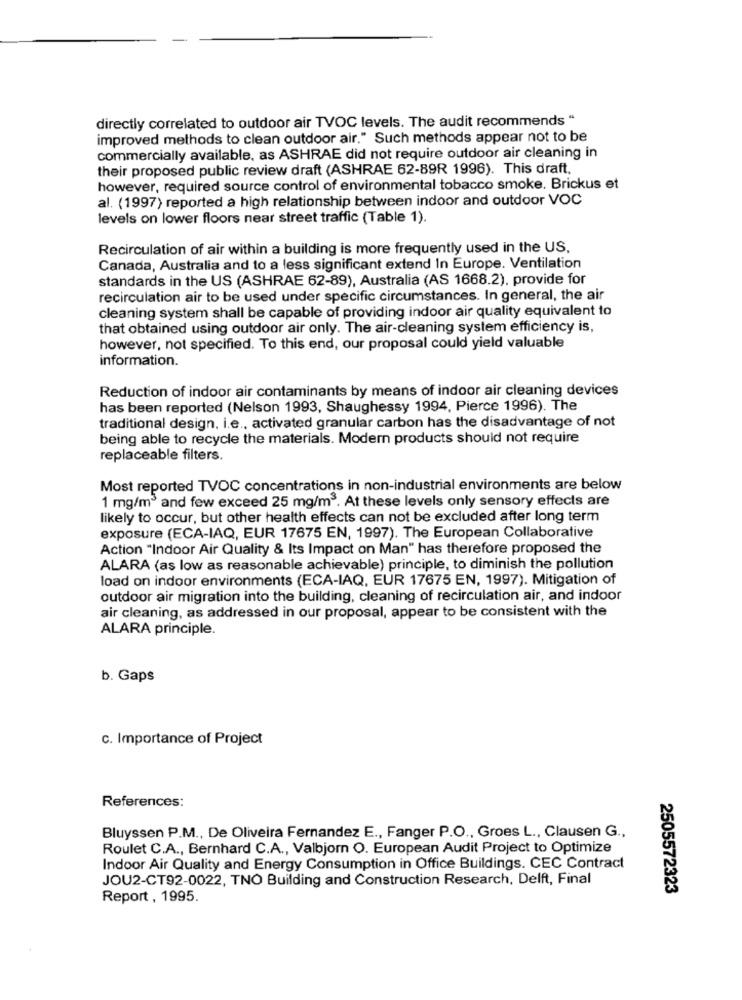
directly correlated to outdoor air TVOC levels. The audit recommends "
improved methods to clean outdoor air." Such methods appear not to be
commercially available, as ASHRAE did not require outdoor air cleaning in
their proposed public review draft (ASHRAE 62-89R 1996). This draft.
however, required source control of environmental tobacco smoke. Brickus et
al. (1997) reported a high relationship between indoor and outdoor VOC
levels on lower floors near street traffic (Table 1).
Recirculation of air within a building is more frequently used in the US.
Canada, Australia and to a less significant extend In Europe. Ventilation
standards in the US (ASHRAE 62-89), Australia (AS 1668.2), provide for
recirculation air to be used under specific circumstances. In general, the air
cleaning system shall be capable of providing indoor air quality equivalent to
that obtained using outdoor air only. The air-cleaning system efficiency is,
however, not specified. To this end, our proposal could yield valuable
information.
Reduction of indoor air contaminants by means of indoor air cleaning devices
has been reported (Nelson 1993, Shaughessy 1994, Pierce 1996). The
traditional design, i.e ., activated granular carbon has the disadvantage of not
being able to recycle the materials. Modern products should not require
replaceable filters.
Most reported TVOC concentrations in non-industrial environments are below
1 mg/m3 and few exceed 25 mg/m3. At these levels only sensory effects are
likely to occur, but other health effects can not be excluded after long term
exposure (ECA-IAQ, EUR 17675 EN, 1997). The European Collaborative
Action "Indoor Air Quality & Its Impact on Man" has therefore proposed the
ALARA (as low as reasonable achievable) principle, to diminish the pollution
load on indoor environments (ECA-IAQ, EUR 17675 EN, 1997). Mitigation of
outdoor air migration into the building, cleaning of recirculation air, and indoor
air cleaning, as addressed in our proposal, appear to be consistent with the
ALARA principle.
b. Gaps
c. Importance of Project
References:
Bluyssen P.M ., De Oliveira Fernandez E ., Fanger P.O ., Groes L ., Clausen G .,
Roulet C.A ., Bernhard C.A ., Valbjorn O. European Audit Project to Optimize
Indoor Air Quality and Energy Consumption in Office Buildings. CEC Contract
JOU2-CT92-0022, TNO Building and Construction Research, Delft, Final
2505572323
Report , 1995.